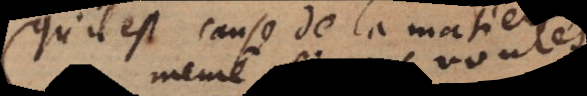
qu’il est cause de la matiere